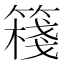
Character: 𥴈